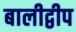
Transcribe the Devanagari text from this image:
बालीद्वीप